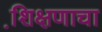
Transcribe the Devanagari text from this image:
शि़क्षणाचा